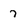
Character: 7